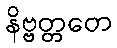
နိဗ္ဗတ္တတေ